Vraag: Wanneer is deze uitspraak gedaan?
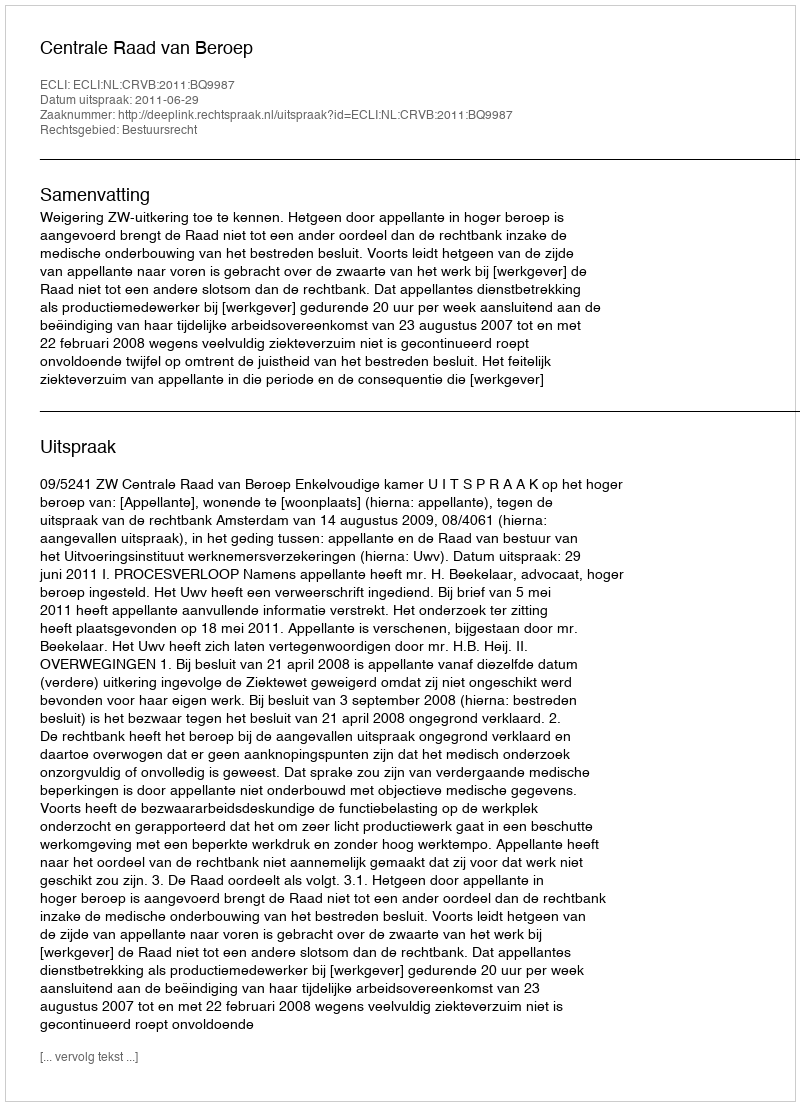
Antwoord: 2011-06-29